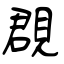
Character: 覠